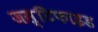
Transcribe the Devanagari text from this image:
जस्टिफाइड